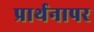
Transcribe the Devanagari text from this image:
प्रार्थनापर